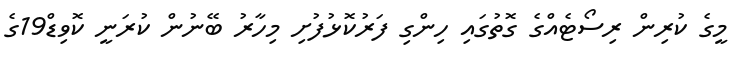
މީގެ ކުރިން ރިސޯޓެއްގެ ގޮތުގައި ހިންގި ފަރުކޮޅުފުށި މިހާރު ބޭނުން ކުރަނީ ކޮވިޑް19ގެ